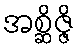
အစ္ဆိဇ္ဇိ